Liigvalla_vallavalitsus, lk 119
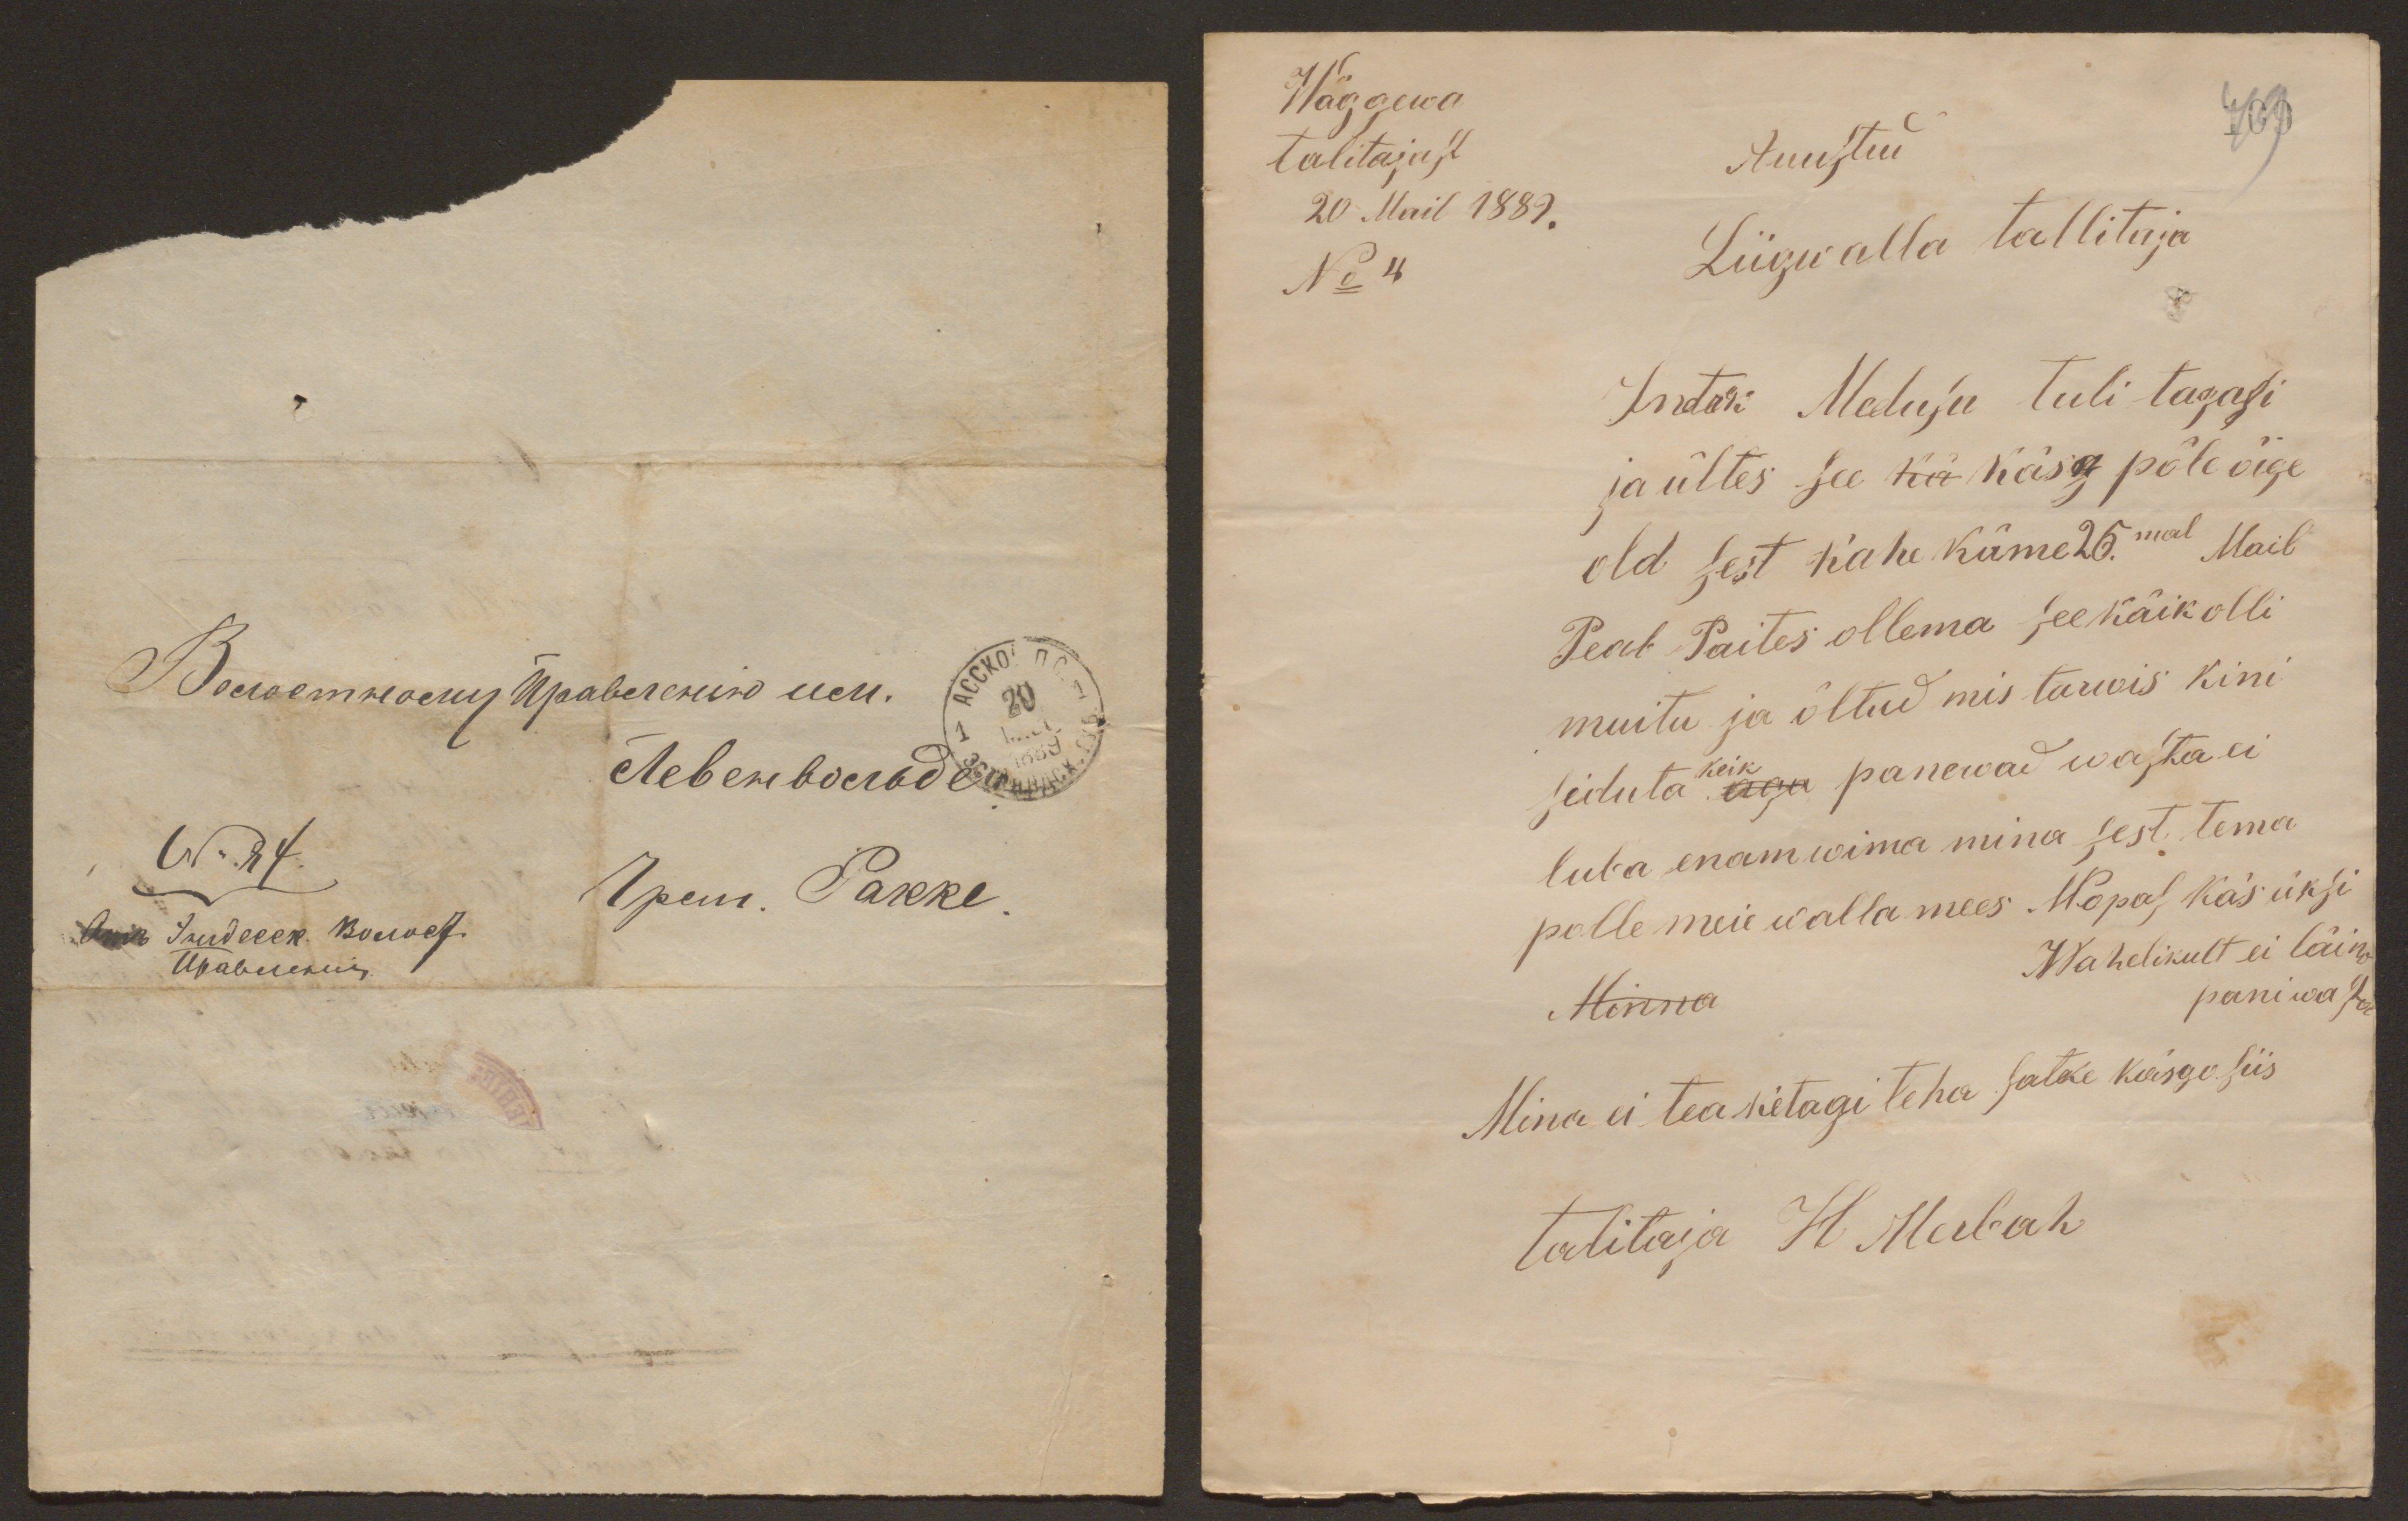
Wäggewa
talitajast
20 Mail 1889.
No 4
Auustud
Liigwalla tallitaja
Indrek Medusa tuli tagasi
ja ültes see kä käsk põle õige
old sest kahe küme 26.mal Mail
Peab Paites ollema see käik olli
muitu ja öltud mis tarwis kini
keik
siduta aga panewad wasta ei
luba enam wima mina sest tema
polle meie walla mees. Mopas käs üksi
Wahelikult ei läino
Minna
pani wasta
Mina ei tea ketagi teha satke käsgo siis
talitaja H. Merbah